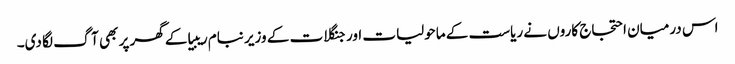
اس درمیان احتجاج کاروں نے ریاست کے ماحولیات اور جنگلات کے وزیر نبام ریبیا کے گھر پر بھی آگ لگا دی۔